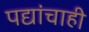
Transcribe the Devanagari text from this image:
पद्यांचाही